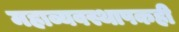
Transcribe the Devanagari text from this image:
महाव्यवस्थापकही